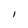
Character: I